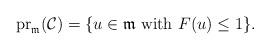
LaTeX: \begin{align*}\mathrm{pr}_\mathfrak{m}(\mathcal{C})=\{u\in\mathfrak{m}\mbox{ with }F(u)\leq 1\}.\end{align*}